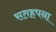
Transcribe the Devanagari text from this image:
सतहपना